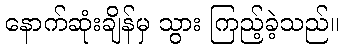
နောက်ဆုံးချိန်မှ သွား ကြည့်ခဲ့သည်။